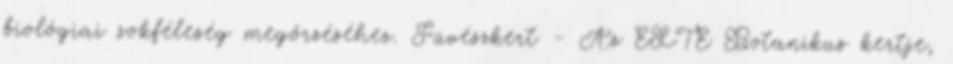
biológiai sokféleség megőrzéséhez. Füvészkert - Az ELTE Botanikus kertje,